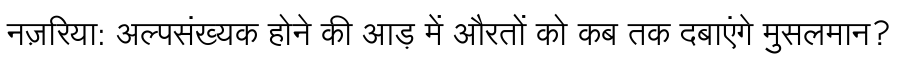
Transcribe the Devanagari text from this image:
नज़रिया: अल्पसंख्यक होने की आड़ में औरतों को कब तक दबाएंगे मुसलमान?